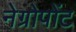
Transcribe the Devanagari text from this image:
नेग्रोपोंट